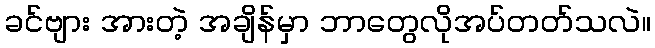
ခင်ဗျား အားတဲ့ အချိန်မှာ ဘာတွေလိုအပ်တတ်သလဲ။